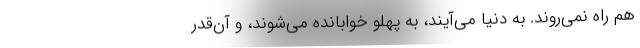
هم راه نمی‌روند. به دنیا می‌آیند، به پهلو خوابانده می‌شوند، و آن‌قدر